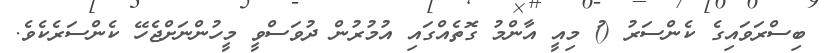
ބިސްރަވައިގެ ކެންސަރު ()ު މިއީ އާންމު ގޮތެއްގައި އުމުރުން ދުވަސްވީ މީހުންނަށްޖެހޭ ކެންސަރެކެވެ.